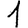
Digit: 1